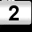
Digit: 2